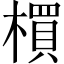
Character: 𣛠